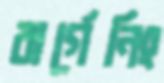
বার্গেনিং